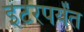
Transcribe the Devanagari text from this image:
इंटरपर्यंत